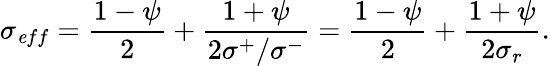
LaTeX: \sigma_{\mathit eff}=\frac{1-\psi}{2}+\frac{1+\psi}{2\sigma^{+}/\sigma^{-}}=\frac{1-\psi}{2}+\frac{1+\psi}{2\sigma_{r}}.